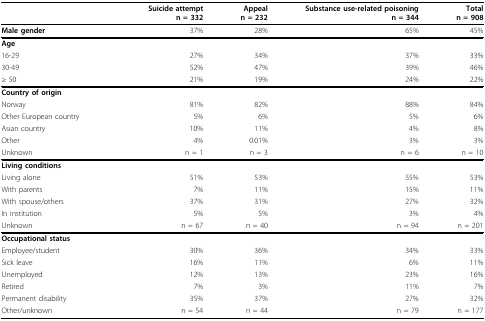
<table><thead><tr><td></td><td><b>Suicide attemptn = 332</b></td><td><b>Appealn = 232</b></td><td><b>Substance use-related poisoningn = 344</b></td><td><b>Totaln = 908</b></td></tr></thead><tbody><tr><td><b>Male gender</b></td><td>37%</td><td>28%</td><td>65%</td><td>45%</td></tr><tr><td><b>Age</b></td><td></td><td></td><td></td><td></td></tr><tr><td>16-29</td><td>27%</td><td>34%</td><td>37%</td><td>33%</td></tr><tr><td>30-49</td><td>52%</td><td>47%</td><td>39%</td><td>46%</td></tr><tr><td>≥ 50</td><td>21%</td><td>19%</td><td>24%</td><td>22%</td></tr><tr><td><b>Country of origin</b></td><td></td><td></td><td></td><td></td></tr><tr><td>Norway</td><td>81%</td><td>82%</td><td>88%</td><td>84%</td></tr><tr><td>Other European country</td><td>5%</td><td>6%</td><td>5%</td><td>6%</td></tr><tr><td>Asian country</td><td>10%</td><td>11%</td><td>4%</td><td>8%</td></tr><tr><td>Other</td><td>4%</td><td>0.01%</td><td>3%</td><td>3%</td></tr><tr><td>Unknown</td><td>n = 1</td><td>n = 3</td><td>n = 6</td><td>n = 10</td></tr><tr><td><b>Living conditions</b></td><td></td><td></td><td></td><td></td></tr><tr><td>Living alone</td><td>51%</td><td>53%</td><td>55%</td><td>53%</td></tr><tr><td>With parents</td><td>7%</td><td>11%</td><td>15%</td><td>11%</td></tr><tr><td>With spouse/others</td><td>37%</td><td>31%</td><td>27%</td><td>32%</td></tr><tr><td>In institution</td><td>5%</td><td>5%</td><td>3%</td><td>4%</td></tr><tr><td>Unknown</td><td>n = 67</td><td>n = 40</td><td>n = 94</td><td>n = 201</td></tr><tr><td><b>Occupational status</b></td><td></td><td></td><td></td><td></td></tr><tr><td>Employee/student</td><td>30%</td><td>36%</td><td>34%</td><td>33%</td></tr><tr><td>Sick leave</td><td>16%</td><td>11%</td><td>6%</td><td>11%</td></tr><tr><td>Unemployed</td><td>12%</td><td>13%</td><td>23%</td><td>16%</td></tr><tr><td>Retired</td><td>7%</td><td>3%</td><td>11%</td><td>7%</td></tr><tr><td>Permanent disability</td><td>35%</td><td>37%</td><td>27%</td><td>32%</td></tr><tr><td>Other/unknown</td><td>n = 54</td><td>n = 44</td><td>n = 79</td><td>n = 177</td></tr></tbody></table>